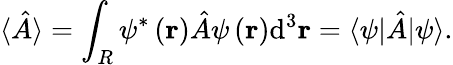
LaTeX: \langle{\hat{A}}\rangle=\int_{R}\psi^{*}\left(\mathbf{r}\right){\hat{A}}\psi\left(\mathbf{r}\right)\mathrm{d}^{3}\mathbf{r}=\langle\psi|{\hat{A}}|\psi\rangle.